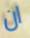
ان